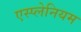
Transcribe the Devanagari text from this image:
एस्प्लेनियम